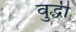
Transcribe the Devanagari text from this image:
वुद्धी